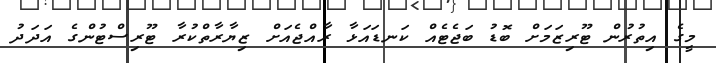
މީގެ އިތުރުން ޓޫރިޒަމަށް ބޮޑު ބަޖެޓެއް ކަނޑައަޅާ ރާއްޖެއަށް ޒިޔާރާތްކުރާ ޓޫރިސްޓުންގެ އަދަދު